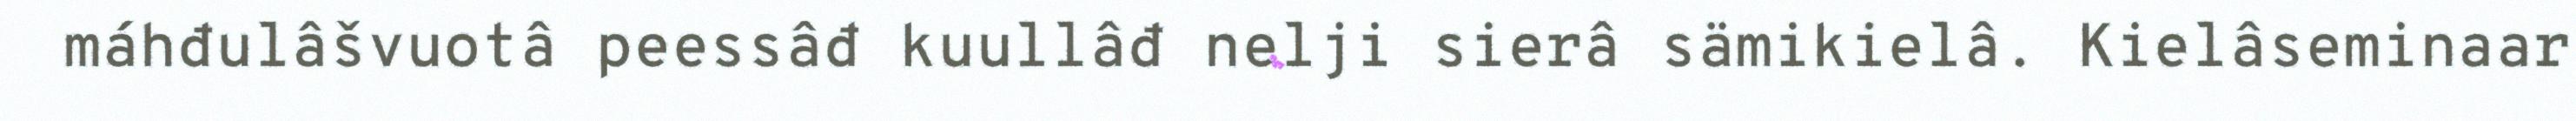
máhđulâšvuotâ peessâđ kuullâđ nelji sierâ sämikielâ. Kielâseminaar